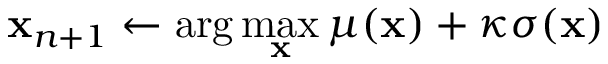
\mathbf { x } _ { n + 1 } \leftarrow \arg \operatorname* { m a x } _ { \mathbf { x } } \mu ( \mathbf { x } ) + \kappa \sigma ( \mathbf { x } )